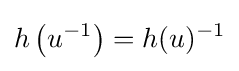
h\left(u^{-1}\right)=h(u)^{-1}